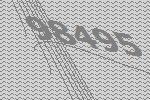
98495